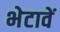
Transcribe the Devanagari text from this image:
भेटावें